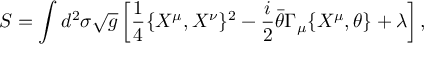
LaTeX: S = \int d ^ { 2 } \sigma \sqrt { g } \left[ \frac { 1 } { 4 } \{ X ^ { \mu } , X ^ { \nu } \} ^ { 2 } - \frac { i } { 2 } \bar { \theta } \Gamma _ { \mu } \{ X ^ { \mu } , \theta \} + \lambda \right] ,